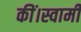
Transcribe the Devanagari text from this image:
कीं।स्वामी